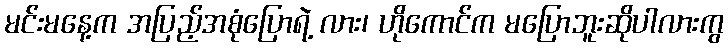
မင်းမနေ့က အပြည့်အစုံပြောရဲ့ လား၊ ဟိုကောင်က မပြောဘူးဆိုပါလားကွ